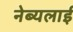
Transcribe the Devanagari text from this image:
नेब्यलाई